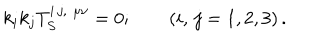
k _ { i } k _ { j } T _ { S } ^ { i \, j , \, \, \mu \nu } = 0 ; \qquad \left( i , \, j = 1 , 2 , 3 \right) .